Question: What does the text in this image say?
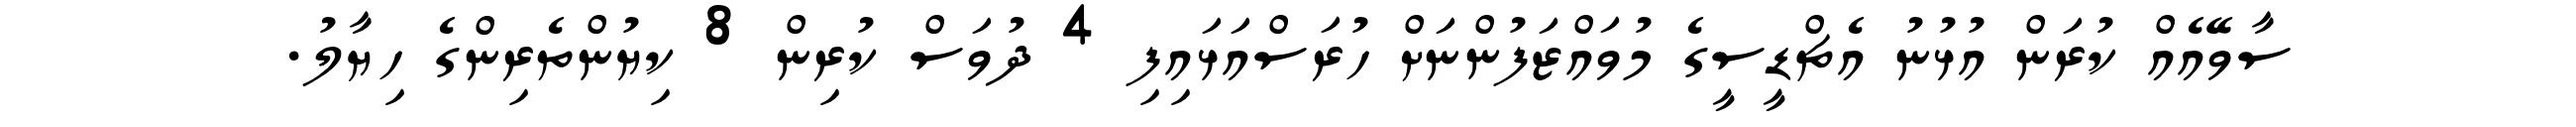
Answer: ސާވޭއެއް ކުރަން އުޅުނު އެޗްޑީސީގެ މުވައްޒަފުންނަށް ހުރަސްއަޅައިފި 4 ދުވަސް ކުރިން 8 ކިޔުންތެރިންގެ ހިޔާލު.